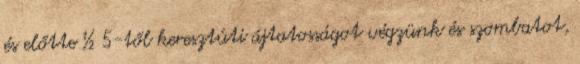
és előtte ½ 5-től keresztúti ájtatosságot végzünk és szombatot,